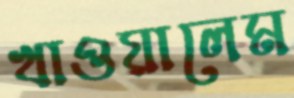
খাওয়ালেম